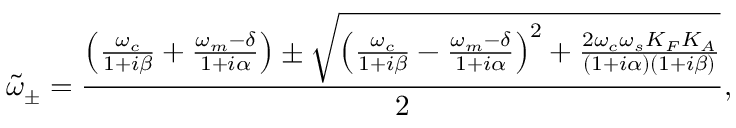
\tilde { \omega } _ { \pm } = \frac { \left( \frac { \omega _ { c } } { 1 + i \beta } + \frac { \omega _ { m } - \delta } { 1 + i \alpha } \right) \pm \sqrt { \left( \frac { \omega _ { c } } { 1 + i \beta } - \frac { \omega _ { m } - \delta } { 1 + i \alpha } \right) ^ { 2 } + \frac { 2 \omega _ { c } \omega _ { s } K _ { F } K _ { A } } { ( 1 + i \alpha ) ( 1 + i \beta ) } } } { 2 } ,